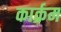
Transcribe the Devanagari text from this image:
कार्क्रम